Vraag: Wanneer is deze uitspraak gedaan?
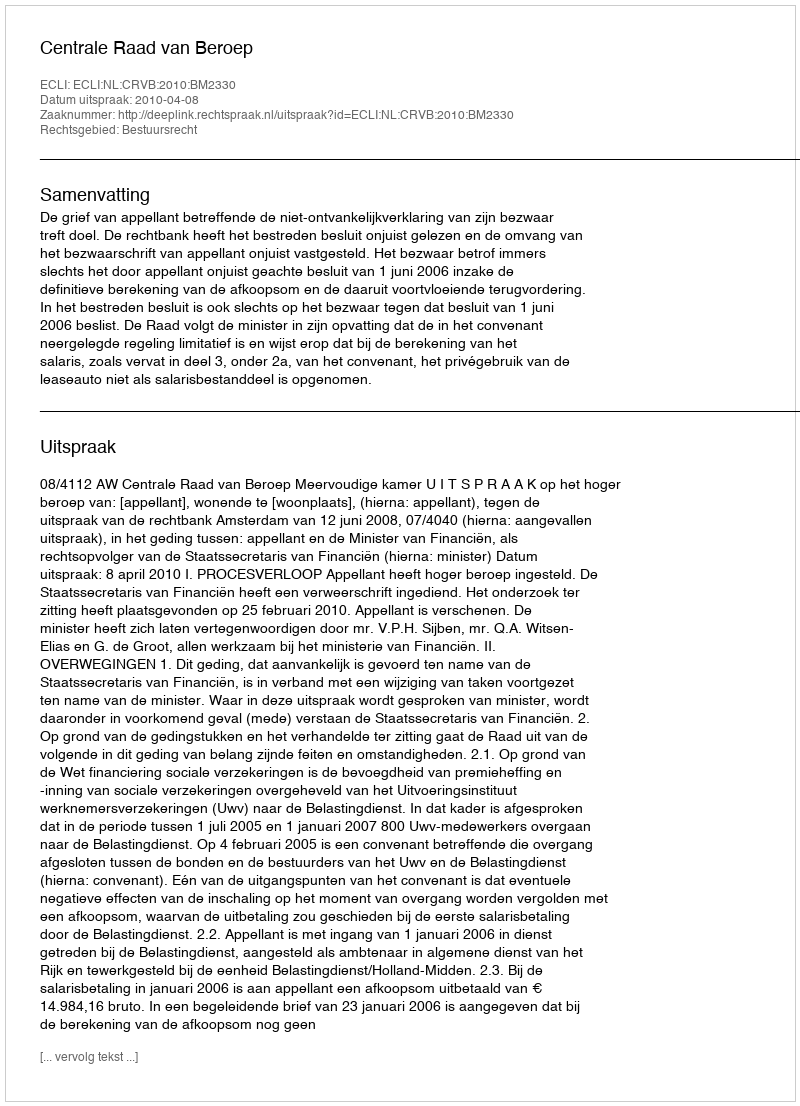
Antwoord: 2010-04-08